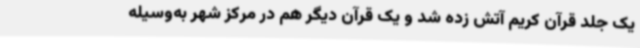
یک جلد قرآن کریم آتش زده شد و یک قرآن دیگر هم در مرکز شهر به‌وسیله